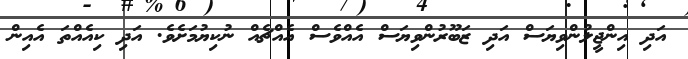
އަދި އިންޖީލުންވިޔަސް އަދި ޒަބޫރުންވިޔަސް އެއްވެސް އެއްޗެއް ނުކިޔުމަށެވެ. އަދި ކިއެއްތަ އެއިން